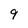
Character: 9